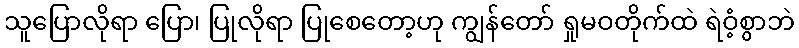
သူပြောလိုရာ ပြော၊ ပြုလိုရာ ပြုစေတော့ဟု ကျွန်တော် ရှုမဝတိုက်ထဲ ရဲဝံ့စွာဘဲ